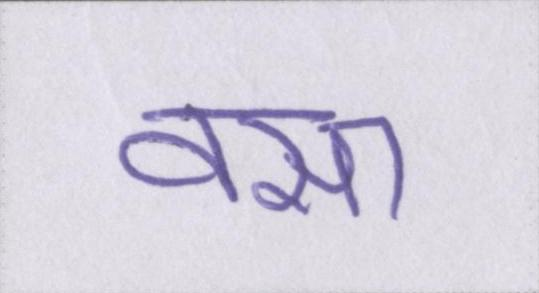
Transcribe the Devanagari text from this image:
वसा